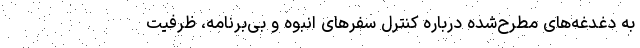
به دغدغه‌های مطرح‌شده درباره کنترل سفرهای انبوه و بی‌برنامه، ظرفیت